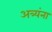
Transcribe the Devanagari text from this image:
अत्र्यंना